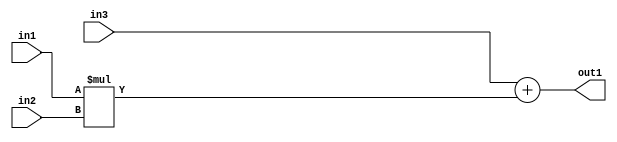
`timescale 1ps / 1ps
/*****************************************************************************
    Verilog RTL Description
    
    
    Created by: Stratus DpOpt 21.05.01 
*******************************************************************************/

module SobelFilter_Add2Mul2s32s32s32_1 (
	in3,
	in2,
	in1,
	out1
	); /* architecture "behavioural" */ 
input [31:0] in3,
	in2,
	in1;
output [31:0] out1;
wire [31:0] asc001;

wire [31:0] asc001_tmp_0;
assign asc001_tmp_0 = 
	+(in3);
assign asc001 = asc001_tmp_0
	+(in1 * in2);

assign out1 = asc001;
endmodule

/* CADENCE  uLDySQ8= : u9/ySxbfrwZIxEzHVQQV8Q== ** DO NOT EDIT THIS LINE ******/